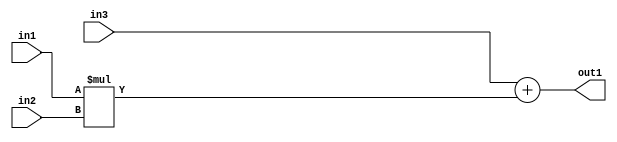
`timescale 1ps / 1ps
/*****************************************************************************
    Verilog RTL Description
    
    
    Created by: Stratus DpOpt 21.05.01 
*******************************************************************************/

module SobelFilter_Add2Mul2s32s32s32_1 (
	in3,
	in2,
	in1,
	out1
	); /* architecture "behavioural" */ 
input [31:0] in3,
	in2,
	in1;
output [31:0] out1;
wire [31:0] asc001;

wire [31:0] asc001_tmp_0;
assign asc001_tmp_0 = 
	+(in3);
assign asc001 = asc001_tmp_0
	+(in1 * in2);

assign out1 = asc001;
endmodule

/* CADENCE  uLDySQ8= : u9/ySxbfrwZIxEzHVQQV8Q== ** DO NOT EDIT THIS LINE ******/